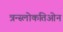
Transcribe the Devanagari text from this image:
त्रन्स्लोकतिओन